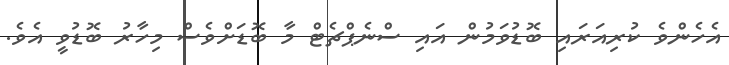
އެހެންވެ ކުރިއަރައި ބޮޑުވަމުން އައި ސްނެޕްޗެޓް މާ ބޮޑަށްވެސް މިހާރު ބޮޑުވީ އެވެ.